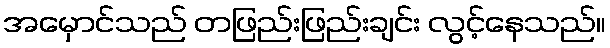
အမှောင်သည် တဖြည်းဖြည်းချင်း လွင့်နေသည်။